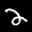
Label: 2